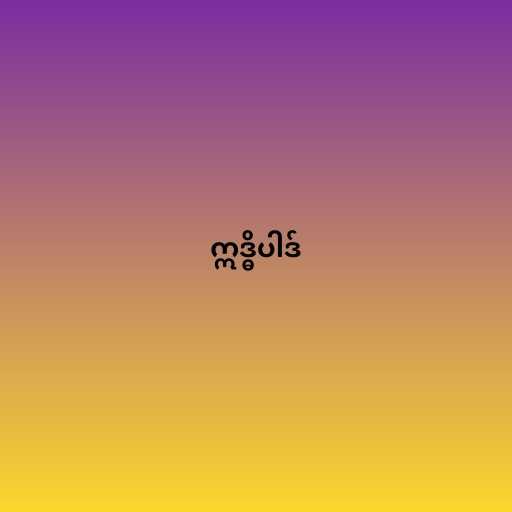
ဣဒ္ဓိပါဒ်